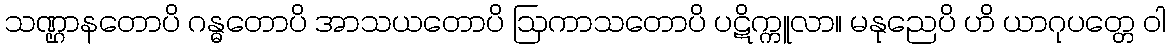
သဏ္ဌာနတောပိ ဂန္ဓတောပိ အာသယတောပိ ဩကာသတောပိ ပဋိက္ကူလာ။ မနုညေပိ ဟိ ယာဂုပတ္တေ ဝါ